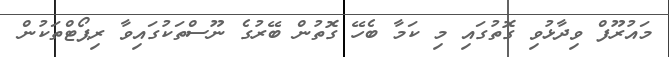
މައުރޫފް ވިދާޅުވި ގޮތުގައި މި ކަމާ ބެހޭ ގޮތުން ބޭރުގެ ނޫސްތަކުގައިވާ ރިޕޯޓްތަކުން